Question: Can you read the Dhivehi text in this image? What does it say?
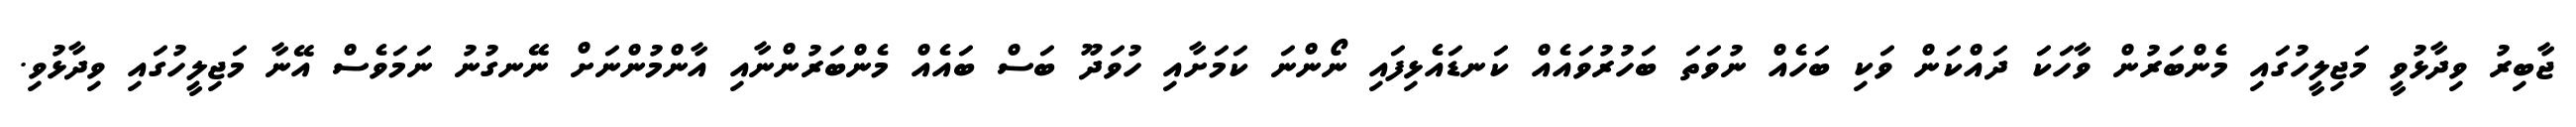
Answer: ޖާބިރު ވިދާޅުވީ މަޖިލީހުގައި މެންބަރުން ވާހަކަ ދައްކަން ވަކި ބަހެއް ނުވަތަ ބަހުރުވައެއް ކަނޑައެޅިފައި ނޯންނަ ކަމަށާއި ހުވަދޫ ބަސް ބައެއް މެންބަރުންނާއި އާންމުންނަށް ނޭނގުނު ނަމަވެސް އޭނާ މަޖިލީހުގައި ވިދާޅުވި.